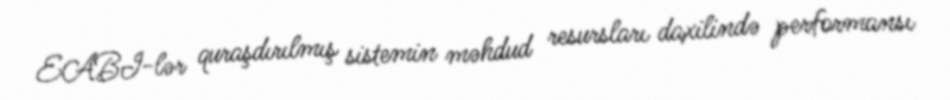
EABI-lər quraşdırılmış sistemin məhdud resursları daxilində performansı